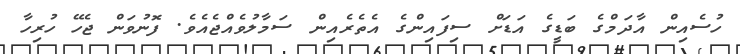
ހުސެއިން އާދަމްގެ ބަޑީގެ އަޑަށް ސިފައިންގެ އެތެރެއިން ސަމާލުވެއްޖެއެވެ. ފޮނުވަން ޖެހޭ ހުރިހާ